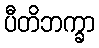
ပီတိဘက္ခာ